Report on the Nagpur School of Medicine, Central Provinces
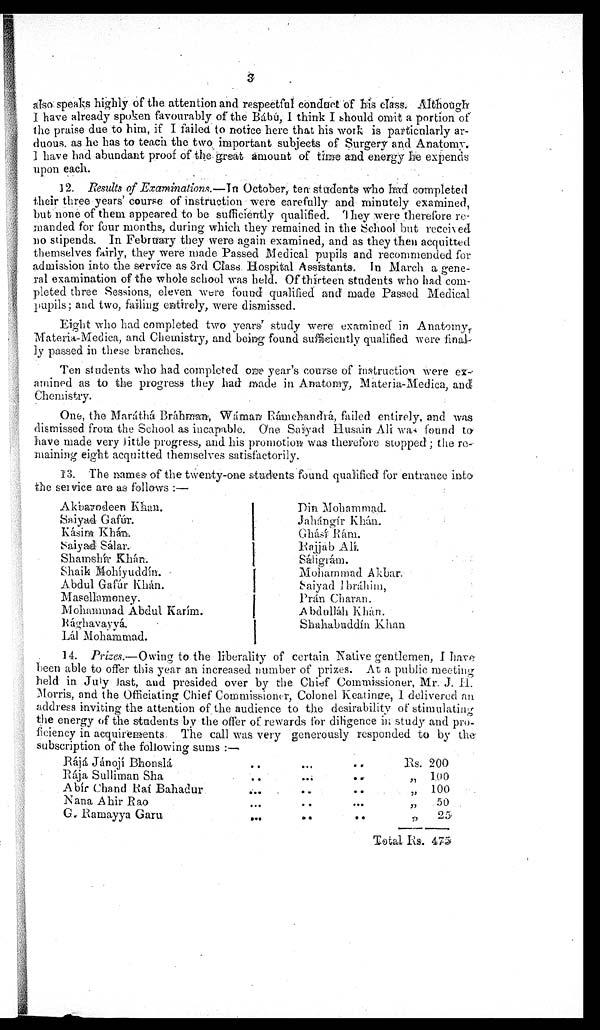
.Akbarodeen Khan.
Saiyad Gafúr.
Kásim Khán.
Saiyad Sálar.
Shamshír Khán.
Shaik Mohíyuddín.
Abdul Gafúr Khán.
Masellamoney.
Mohammad Abdul Karím.
Rághavayyá.
Lál Mohammad.
Din Mohammad.
J a h . á n g í r K h á n .
Ghásí Rám.
Rajjab Alí.
S á l i g r á m .
Mohammad Akbar.
Saiyad Ibráhim,
Prán Charan.
Abdulláh Khán.
Shahabuddín Khan
also speaks highly of the attention and respectful conduct of his class. Although.
I have already spoken favourably of the Babú, I think I should omit a portion of
the praise due to him, if I failed to notice here that his work is particularly ar
-duous. as he has to teach the two important subjects of Surgery and Anatomy.
I have had abundant proof of the great amount of time and energy he expends
upon each.
12. Results of Examinations.—In October, ten students who had completed
their three years' course of instruction were carefully and minutely examined,
but none of them appeared to be sufficiently qualified. They were therefore re-
manded for four months, during which they remained in the School but received
no stipends. In February they were again examined, and as they then acquitted
themselves fairly, they were made Passed Medical pupils and recommended for
admission into the service as 3rd Class Hospital Assistants. In March a gene-
ral examination of the whole school was held. Of thirteen students who had com-
pleted three Sessions, eleven were found qualified and made Passed Medical
pupils; and two, failing entirely, were dismissed.
Eight who had completed two years' study were examined in Anatomy,
Materia-Medica, and Chemistry, and being found sufficiently qualified were final--
ly passed in these branches.
Ten students who had completed one year's course of instruction were ex-
amined as to the progress they had made in Anatomy, Materia-Medica, and
Chemistry.
One, the Maráthá Bráhman, Wáman Rámchandrá, failed entirely, and was
dismissed from the School as incapable. One Saiyad Husain Ali was found to
have made very little progress, and his promotion was therefore stopped; the re--
maining eight acquitted themselves satisfactorily.
13. The names of the twenty-one students found qualified for entrance into
the service are as follows :—
14. Prizes.—Owing to the liberality of certain Native gentlemen, I have
been able to offer this year an increased number of prizes. At a public meeting,
held in July last, and presided over by the Chief Commissioner, Mr. J. H.
Morris, and the Officiating Chief Commissioner, Colonel Keatinge, I delivered an
address inviting the attention of the audience to the desirability of stimulating
the energy of the students by the offer of rewards for diligence in study and pro-
ficiency in acquirements. The call was very generously responded to by the
subscription of the following sums :—
Rájá Jánojí Bhonslá
. . . ...
. . .
Rs. 200
Rája Sulliman Sha
... ...
. . .
”
1 0 0
Abír Chand Raí Bahadur
...
... ...
”
100
Nana Ahir Rao
...
...
. . .
”
50
G. Ramayya Garu...
. . . ...
”
25
Total Rs. 475